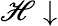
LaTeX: \mathscr{H}\downarrow